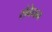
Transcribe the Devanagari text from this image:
संवेधन